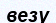
везу